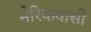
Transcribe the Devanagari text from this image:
मेरिकवासी